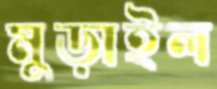
মুড়াইল